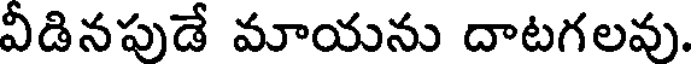
వీడినపుడే మాయను దాటగలవు.